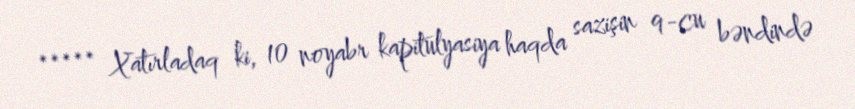
***** Xatırladaq ki, 10 noyabr kapitulyasiya haqda sazişin 9-cu bəndində